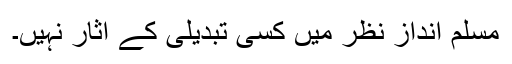
مسلم اندازِ نظر میں کسی تبدیلی کے آثار نہیں۔